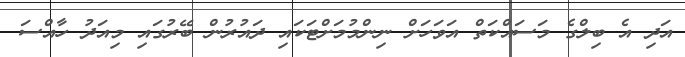
އަދި އެ ބިލްގެ މަސައްކަތް އަވަހަށް ނިންމުމަށްޓަކައި ދައުރުން ބޭރުގައި މިއަދު ހާއްސަ